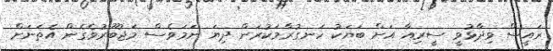
ރައީސް ވިދާޅުވީ ސީރިއާ އަށް ބަޔަކު ހަނގުރާމަކުރަން ދިޔަ ނަމަވެސް މަޖުބޫރުވެގެން އެތަނަށް